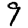
Digit: 9